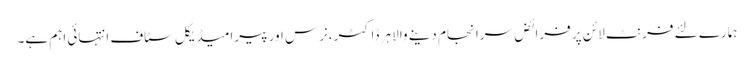
ہمارے لئے فرنٹ لائن پر فرائض سرانجام دینے والا ہر ڈاکٹر،نرس اور پیرامیڈیکل سٹاف انتہائی اہم ہے۔